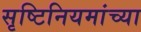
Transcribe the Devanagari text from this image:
सृष्टिनियमांच्या